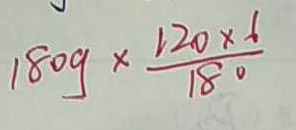
1 8 0 g \times \frac { 1 2 0 \times 6 } { 1 8 0 }